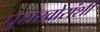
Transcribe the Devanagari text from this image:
घुसखोरांशी